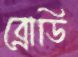
ব্রোডি